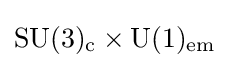
\mathrm {SU(3)_{c}\times U(1)_{em}}